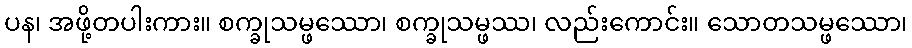
ပန၊ အဖို့တပါးကား။ စက္ခုသမ္ဖဿော၊ စက္ခုသမ္ဖဿ၊ လည်းကောင်း။ သောတသမ္ဖဿော၊